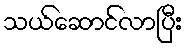
သယ်ဆောင်လာပြီး